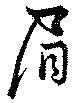
眉